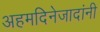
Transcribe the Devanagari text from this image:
अहमदिनेजादांनी